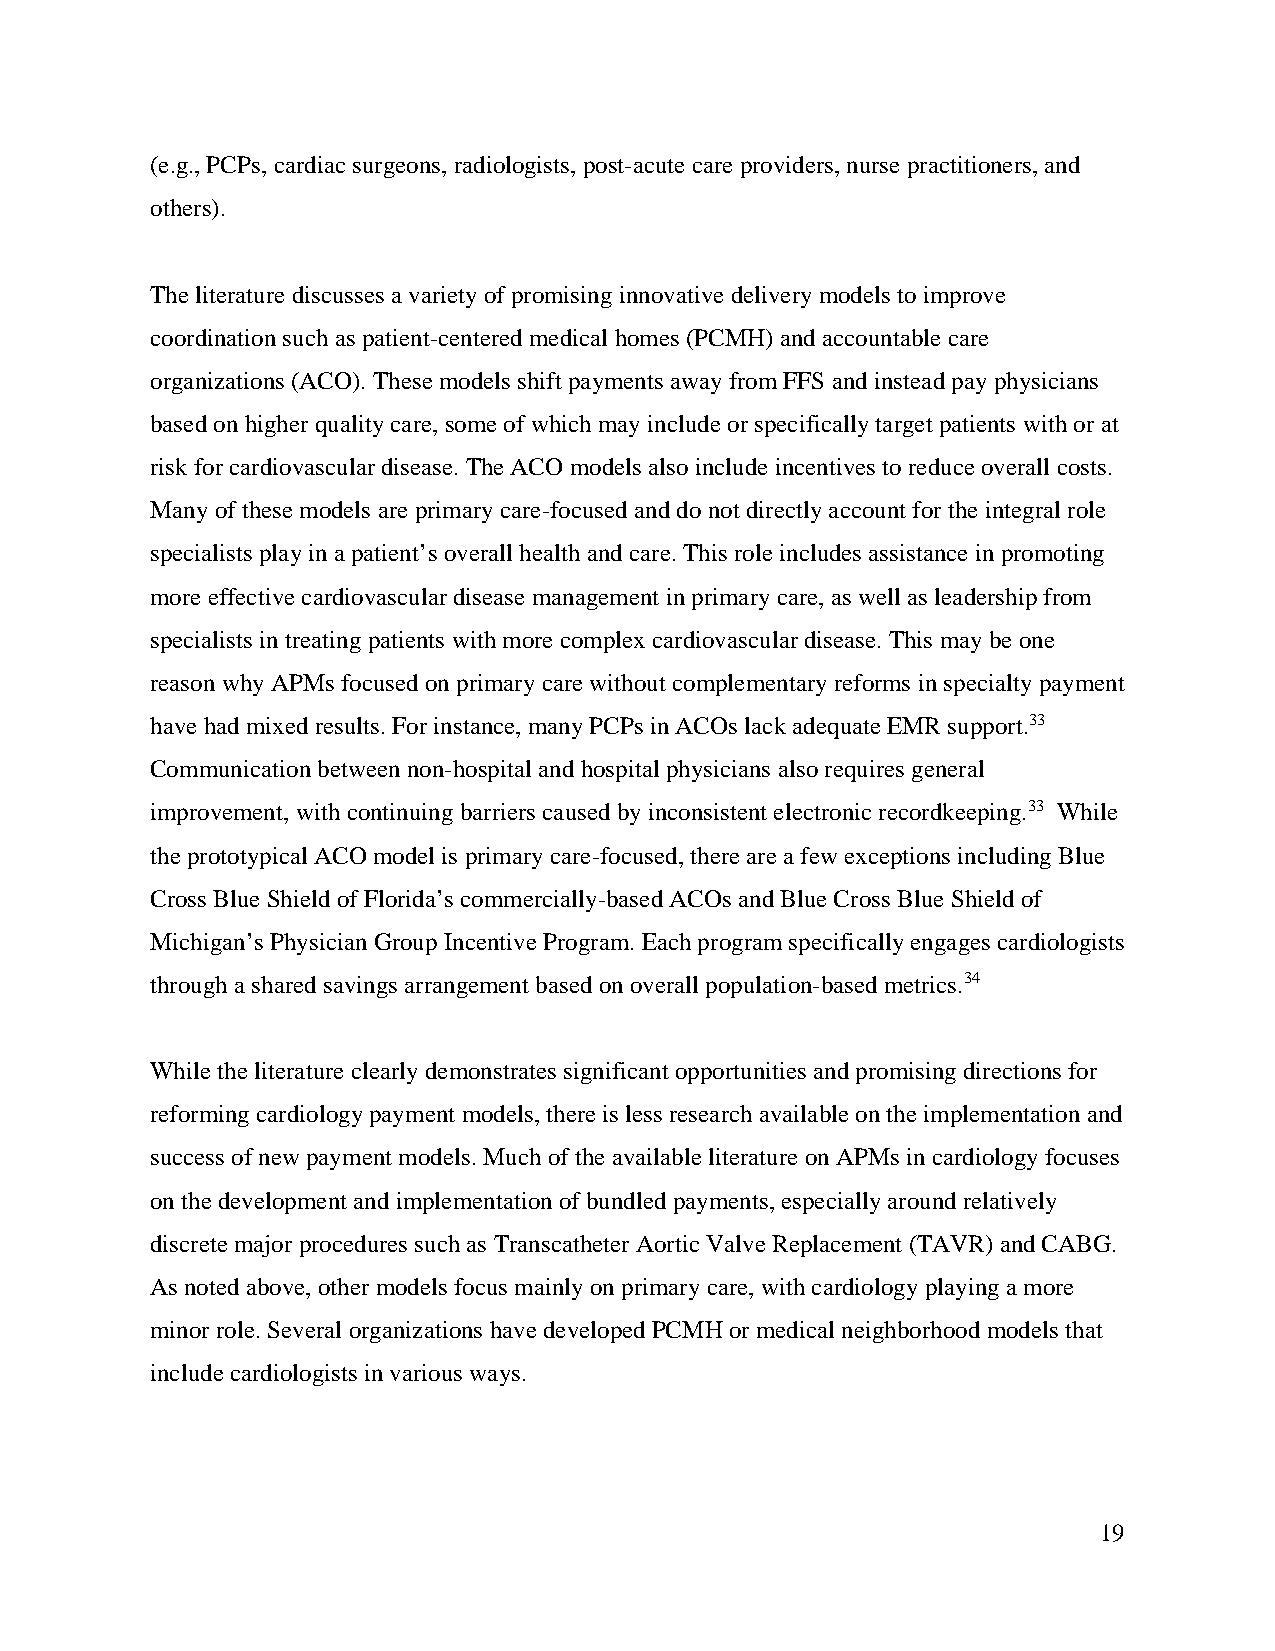
(e.g., PCPs, cardiac surgeons, radiologists, post-acute care providers, nurse practitioners, and
 others).
 The literature discusses a variety of promising innovative delivery models to improve
 coordination such as patient-centered medical homes (PCMH) and accountable care
 organizations (ACO). These models shift payments away from FFS and instead pay physicians
 based on higher quality care, some of which may include or specifically target patients with or at
 risk for cardiovascular disease. The ACO models also include incentives to reduce overall costs.
 Many of these models are primary care-focused and do not directly account for the integral role
 specialists play in a patient’s overall health and care. This role includes assistance in promoting
 more effective cardiovascular disease management in primary care, as well as leadership from
 specialists in treating patients with more complex cardiovascular disease. This may be one
 reason why APMs focused on primary care without complementary reforms in specialty payment
 have had mixed results. For instance, many PCPs in ACOs lack adequate EMR support.33
 Communication between non-hospital and hospital physicians also requires general
 improvement, with continuing barriers caused by inconsistent electronic recordkeeping.33 While
 the prototypical ACO model is primary care-focused, there are a few exceptions including Blue
 Cross Blue Shield of Florida’s commercially-based ACOs and Blue Cross Blue Shield of
 Michigan’s Physician Group Incentive Program. Each program specifically engages cardiologists
 through a shared savings arrangement based on overall population-based metrics.34
 While the literature clearly demonstrates significant opportunities and promising directions for
 reforming cardiology payment models, there is less research available on the implementation and
 success of new payment models. Much of the available literature on APMs in cardiology focuses
 on the development and implementation of bundled payments, especially around relatively
 discrete major procedures such as Transcatheter Aortic Valve Replacement (TAVR) and CABG.
 As noted above, other models focus mainly on primary care, with cardiology playing a more
 minor role. Several organizations have developed PCMH or medical neighborhood models that
 include cardiologists in various ways.
 19